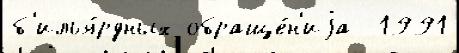
б'илья́рдных обраще́н'иjа  1991